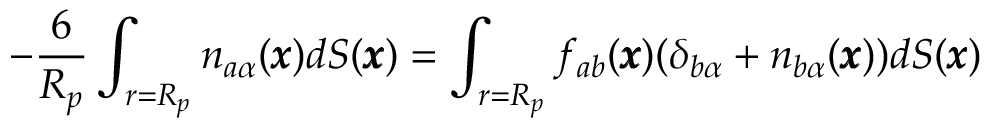
- \frac { 6 } { R _ { p } } \int _ { r = R _ { p } } n _ { a \alpha } ( { \pmb x } ) d S ( { \pmb x } ) = \int _ { r = R _ { p } } f _ { a b } ( { \pmb x } ) ( \delta _ { b \alpha } + n _ { b \alpha } ( { \pmb x } ) ) d S ( { \pmb x } )